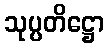
သုပ္ပတိဋ္ဌော